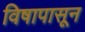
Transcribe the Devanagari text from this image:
विषापासून